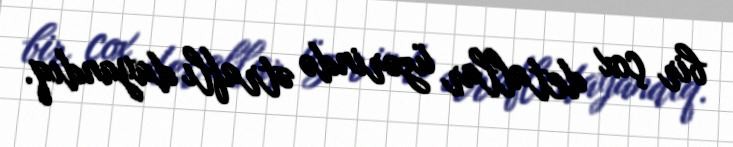
bir çox detallar üzərində ətraflı dayandıq.